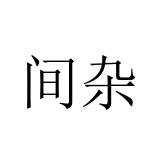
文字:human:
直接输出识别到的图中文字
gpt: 间杂